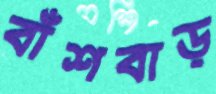
বাঁশবাড়